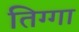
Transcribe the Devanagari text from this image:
तिग्गा